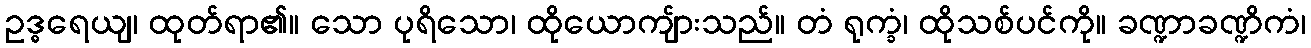
ဥဒ္ဓရေယျ၊ ထုတ်ရာ၏။ သော ပုရိသော၊ ထိုယောကျ်ားသည်။ တံ ရုက္ခံ၊ ထိုသစ်ပင်ကို။ ခဏ္ဍာခဏ္ဍိကံ၊